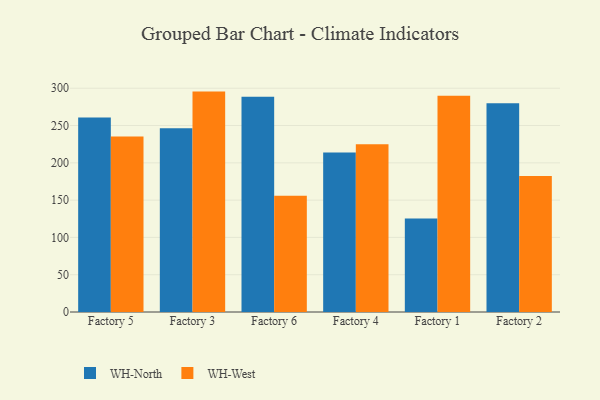
{"axis": {"x": "Factory", "y": "Revenue (USD Million)"}, "legend": ["WH-North", "WH-West"], "data": [{"x": "Factory 5", "y": 260.7, "type": "WH-North"}, {"x": "Factory 5", "y": 235.2, "type": "WH-West"}, {"x": "Factory 3", "y": 246.5, "type": "WH-North"}, {"x": "Factory 3", "y": 295.5, "type": "WH-West"}, {"x": "Factory 6", "y": 288.5, "type": "WH-North"}, {"x": "Factory 6", "y": 155.9, "type": "WH-West"}, {"x": "Factory 4", "y": 213.8, "type": "WH-North"}, {"x": "Factory 4", "y": 225.0, "type": "WH-West"}, {"x": "Factory 1", "y": 125.4, "type": "WH-North"}, {"x": "Factory 1", "y": 289.8, "type": "WH-West"}, {"x": "Factory 2", "y": 280.0, "type": "WH-North"}, {"x": "Factory 2", "y": 182.2, "type": "WH-West"}]}